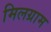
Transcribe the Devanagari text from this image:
मिलग्राम